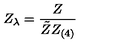
Z _ { \lambda } = \frac { Z } { \tilde { Z } Z _ { ( 4 ) } }